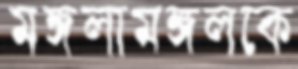
মঙ্গলামঙ্গলকে